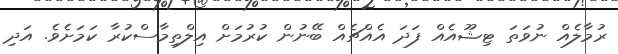
ރުމާލެއް ނުވަތަ ޓިޝޫއެއް ފަދަ އެއްޗެއް ބޭނުން ކުރުމަށް އިލްތިމާސްކުރާ ކަމަށެވެ. އަދި